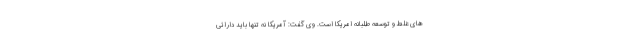
های غلط و توسعه طلبانه امریکا است. وی گفت: آمریکا نه تنها باید دارائی